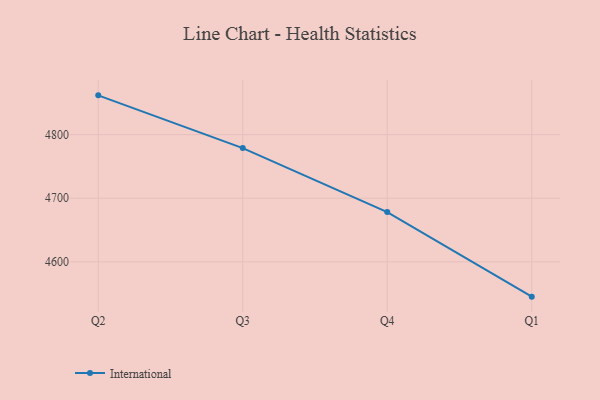
{"axis": {"x": "Quarter", "y": "Tickets Resolved"}, "legend": ["International"], "data": [{"x": "Q2", "y": 4861.7, "type": "International"}, {"x": "Q3", "y": 4778.8, "type": "International"}, {"x": "Q4", "y": 4678.2, "type": "International"}, {"x": "Q1", "y": 4545.2, "type": "International"}]}